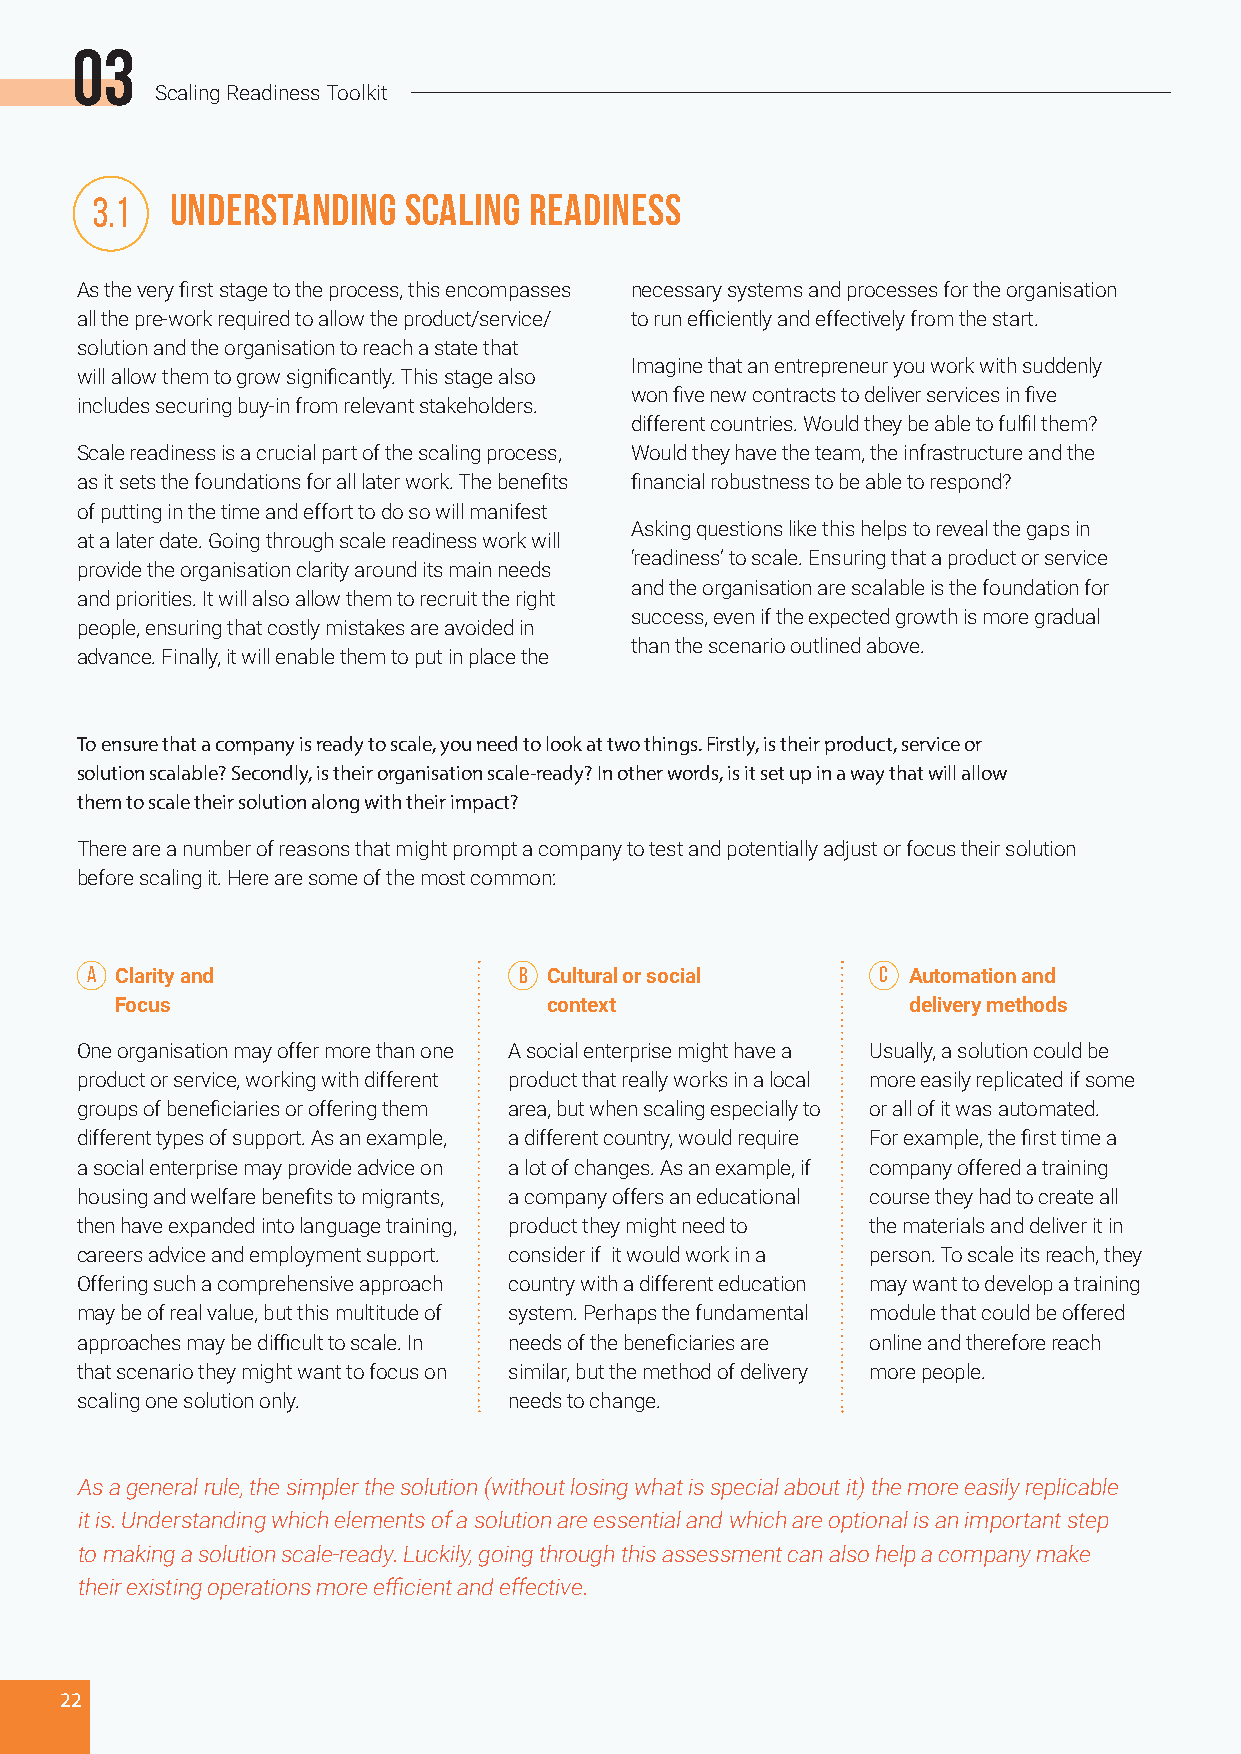
03
 Scaling Readiness Toolkit
 3.1  Understanding   Scaling Readiness
 As the very first stage to the process, this encompasses necessary systems and processes for the organisation
 all the pre-work required to allow the product/service/ to run efficiently and effectively from the start.
 solution and the organisation to reach a state that
 Imagine that an entrepreneur you work with suddenly
 will allow them to grow significantly. This stage also
 won five new contracts to deliver services in five
 includes securing buy-in from relevant stakeholders.
 different countries. Would they be able to fulfil them?
 Scale readiness is a crucial part of the scaling process, Would they have the team, the infrastructure and the
 as it sets the foundations for all later work. The benefits financial robustness to be able to respond?
 of putting in the time and effort to do so will manifest
 Asking questions like this helps to reveal the gaps in
 at a later date. Going through scale readiness work will
 ‘readiness’ to scale. Ensuring that a product or service
 provide the organisation clarity around its main needs
 and the organisation are scalable is the foundation for
 and priorities. It will also allow them to recruit the right
 success, even if the expected growth is more gradual
 people, ensuring that costly mistakes are avoided in
 than the scenario outlined above.
 advance. Finally, it will enable them to put in place the
 To ensure that a company is ready to scale, you need to look at two things. Firstly, is their product, service or
 solution scalable? Secondly, is their organisation scale-ready? In other words, is it set up in a way that will allow
 them to scale their solution along with their impact?
 There are a number of reasons that might prompt a company to test and potentially adjust or focus their solution
 before scaling it. Here are some of the most common:
 A Clarity and               B Cultural or social    C Automation and
 Focus                       context                 delivery methods
 One organisation may offer more than one A social enterprise might have a Usually, a solution could be
 product or service, working with different product that really works in a local more easily replicated if some
 groups of beneficiaries or offering them area, but when scaling especially to or all of it was automated.
 different types of support. As an example, a different country, would require For example, the first time a
 a social enterprise may provide advice on a lot of changes. As an example, if company offered a training
 housing and welfare benefits to migrants, a company offers an educational course they had to create all
 then have expanded into language training, product they might need to the materials and deliver it in
 careers advice and employment support. consider if it would work in a person. To scale its reach, they
 Offering such a comprehensive approach country with a different education may want to develop a training
 may be of real value, but this multitude of system. Perhaps the fundamental module that could be offered
 approaches may be difficult to scale. In needs of the beneficiaries are online and therefore reach
 that scenario they might want to focus on similar, but the method of delivery more people.
 scaling one solution only.   needs to change.
 As a general rule, the simpler the solution (without losing what is special about it) the more easily replicable
 it is. Understanding which elements of a solution are essential and which are optional is an important step
 to making a solution scale-ready. Luckily, going through this assessment can also help a company make
 their existing operations more efficient and effective.
 22